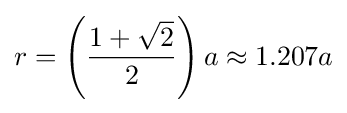
r=\left({\frac {1+{\sqrt {2}}}{2}}\right)a\approx 1.207a